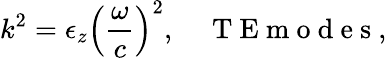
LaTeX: k^{2}=\epsilon_{z}\left(\frac{\omega}{c}\right)^{2},\quad\mathrm{~T~E~m~o~d~e~s~},